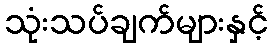
သုံးသပ်ချက်များနှင့်